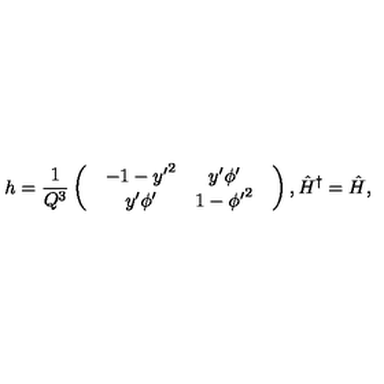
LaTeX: h = \frac { 1 } { Q ^ { 3 } } \left( \begin{array} { c } { \begin{array} { c c } { - 1 - { y ^ { \prime } } ^ { 2 } } & { y ^ { \prime } { \phi } ^ { \prime } } \\ { y ^ { \prime } { \phi } ^ { \prime } } & { 1 - { { \phi } ^ { \prime } } ^ { 2 } } \\ \end{array} } \\ \end{array} \right) , { \hat { H } } ^ { \dagger } = { \hat { H } } ,